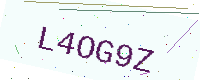
Text: L4OG9Z